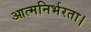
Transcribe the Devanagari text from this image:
आत्मनिर्भरता।